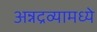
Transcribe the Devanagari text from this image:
अन्नद्रव्यामध्ये